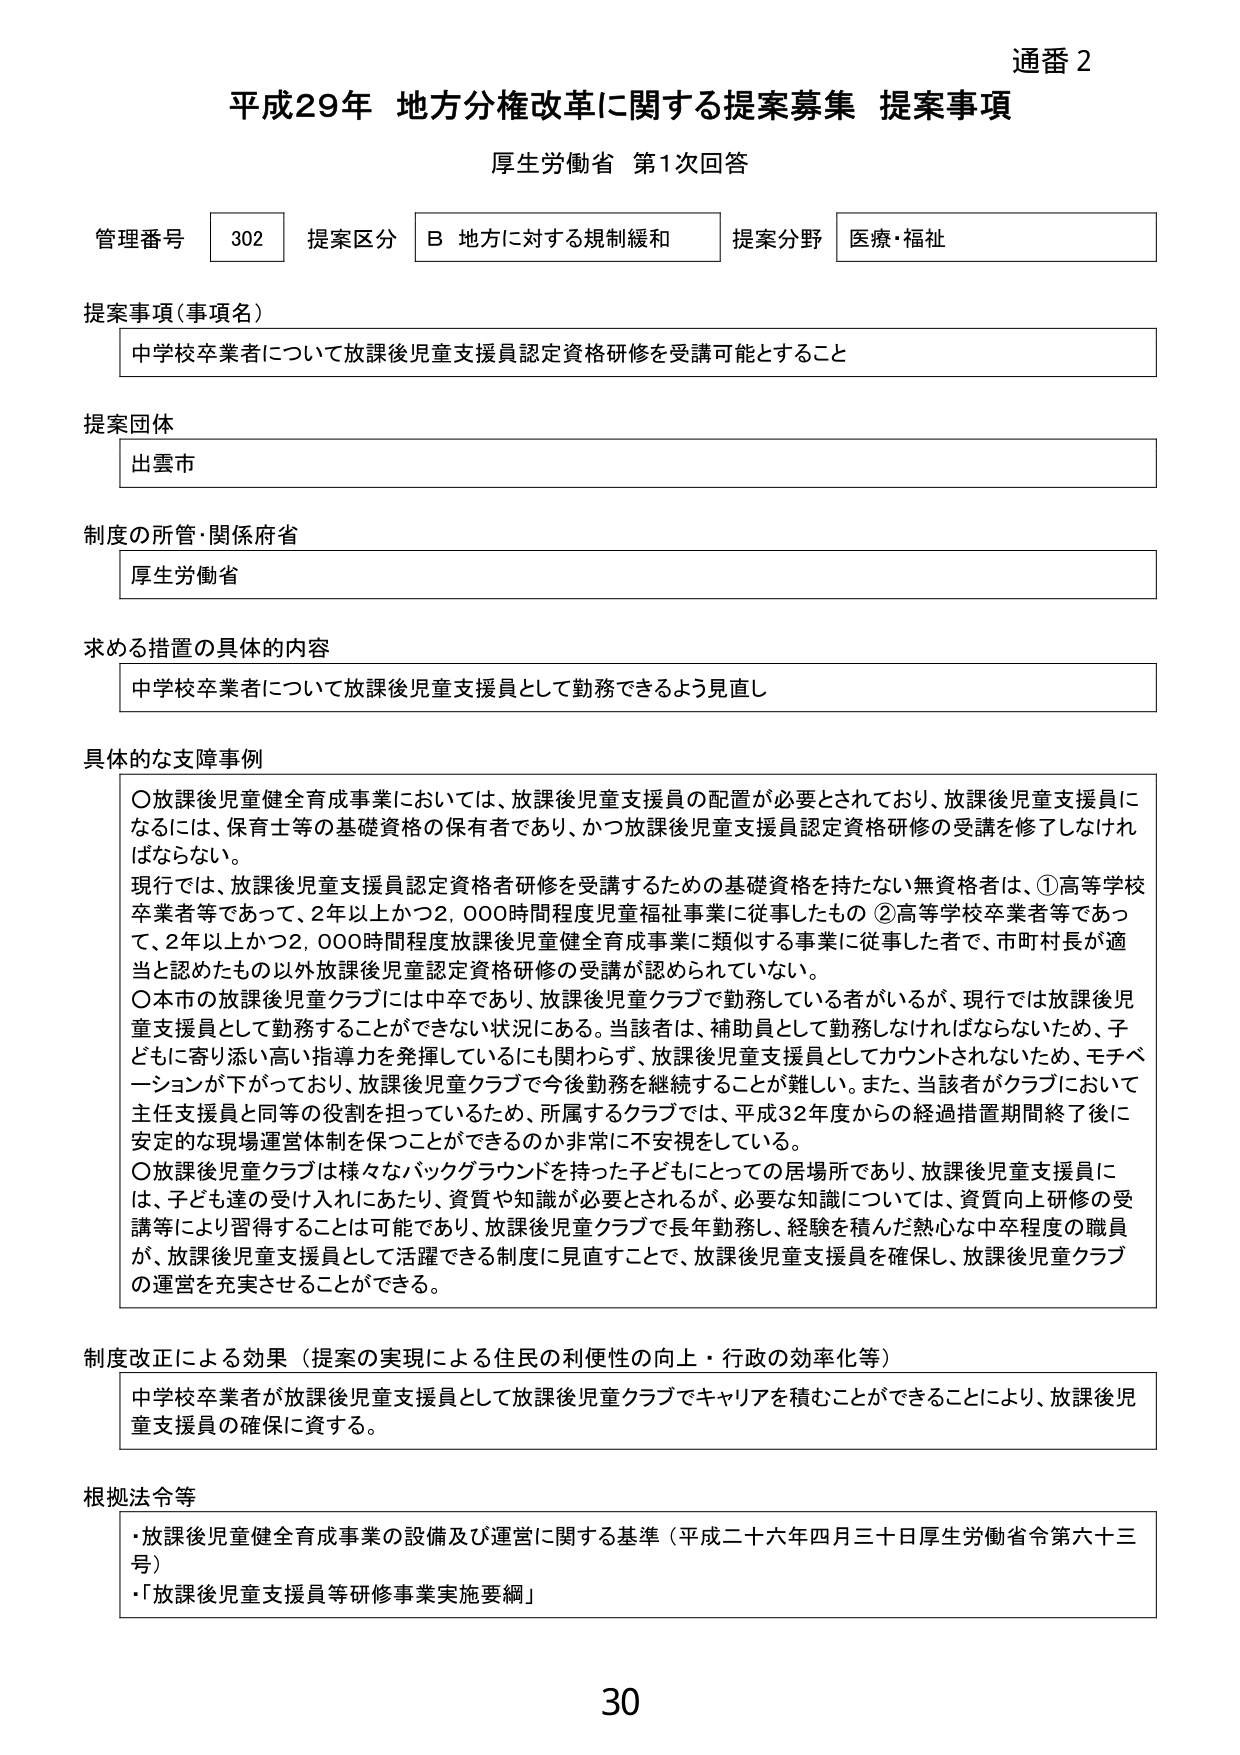
通番 2
平成29年 地方分権改革に関する提案募集 提案事項
厚生労働省 第1次回答

管理番号 302 提案区分 B 地方に対する規制緩和 提案分野 医療・福祉

提案事項（事項名）
中学校卒業者について放課後児童支援員認定資格研修を受講可能とすること

提案団体
出雲市

制度の所管・関係府省
厚生労働省

求める措置の具体的内容
中学校卒業者について放課後児童支援員として勤務できるよう見直し

具体的な支援事例
〇放課後児童健全育成事業においては、放課後児童支援員の配置が必要とされており、放課後児童支援員になるには、保育士等の基礎資格の保有者であり、かつ放課後児童支援員認定資格研修の受講を修了しなければならない。
現行では、放課後児童支援員認定資格者研修を受講するための基礎資格を持たない無資格者は、①高等学校卒業者等であって、2年以上かつ2,000時間程度児童福祉事業に従事したもの ②高等学校卒業者等であって、2年以上かつ2,000時間程度放課後児童健全育成事業に類似する事業に従事した者で、市町村長が適当と認めたもの以外放課後児童認定資格研修の受講が認められていない。
〇本市の放課後児童クラブには中卒であり、放課後児童クラブで勤務している者がいるが、現行では放課後児童支援員として勤務することができない状況にある。当該者は、補助員として勤務しなければならないため、子どもに寄り添い高い指導力を発揮しているにも関わらず、放課後児童支援員としてカウントされないため、モチベーションが下がっており、放課後児童クラブで今後勤務を継続することが難しい。また、当該者がクラブにおいて主任支援員と同等の役割を担っているため、所属するクラブでは、平成32年度からの経過措置期間終了後に安定的な現場運営体制を保つことができるのか非常に不安視している。
〇放課後児童クラブは様々なバックグラウンドを持った子どもにとっての居場所であり、放課後児童支援員には、子ども達の受け入れにあたり、資質や知識が必要とされるが、必要な知識については、資質向上研修の受講等により習得することは可能であり、放課後児童クラブで長年勤務し、経験を積んだ熱心な中卒程度の職員が、放課後児童支援員として活躍できる制度に見直すことで、放課後児童支援員を確保し、放課後児童クラブの運営を充実させることができる。

制度改正による効果（提案の実現による住民の利便性の向上・行政の効率化等）
中学校卒業者が放課後児童支援員として放課後児童クラブでキャリアを積むことができることにより、放課後児童支援員の確保に資する。

根拠法令等
・放課後児童健全育成事業の設備及び運営に関する基準（平成二十六年四月三十日厚生労働省令第六十三号）
・「放課後児童支援員等研修事業実施要綱」

30